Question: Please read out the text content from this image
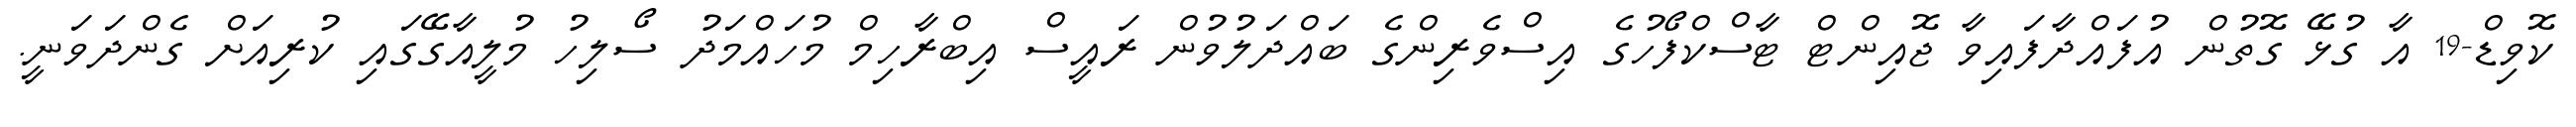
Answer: ކޮވިޑް-19 އާ ގުޅޭ ގޮތުން އުފައްދާފައިވާ ޖޮއިންޓް ޓާސްކްފޯހުގެ އިސްވެރިންގެ ބައްދަލުވުން ރައީސް އިބްރާހިމް މުހައްމަދު ސޯލިހު މުލީއާގޭގައި ކުރިއަށް ގެންދަވަނީ.